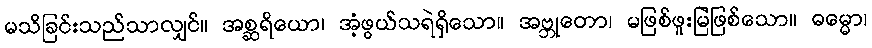
မသိခြင်းသည်သာလျှင်။ အစ္ဆရိယော၊ အံ့ဖွယ်သရဲရှိသော။ အဗ္ဘုတော၊ မဖြစ်ဖူးမြဲဖြစ်သော။ ဓမ္မော၊